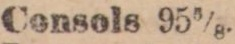
Consols 95⅝.